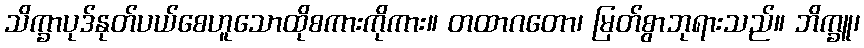
သိက္ခာပုဒ်နုတ်ပယ်စေဟူသောထိုစကားကိုကား။ တထာဂတော၊ မြတ်စွာဘုရားသည်။ ဘိက္ခူ၊